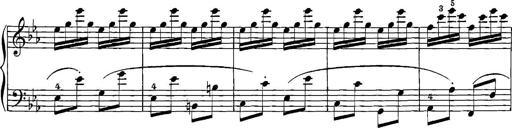
Title: 12 Sonatinas
Composer: Ignaz Pleyel